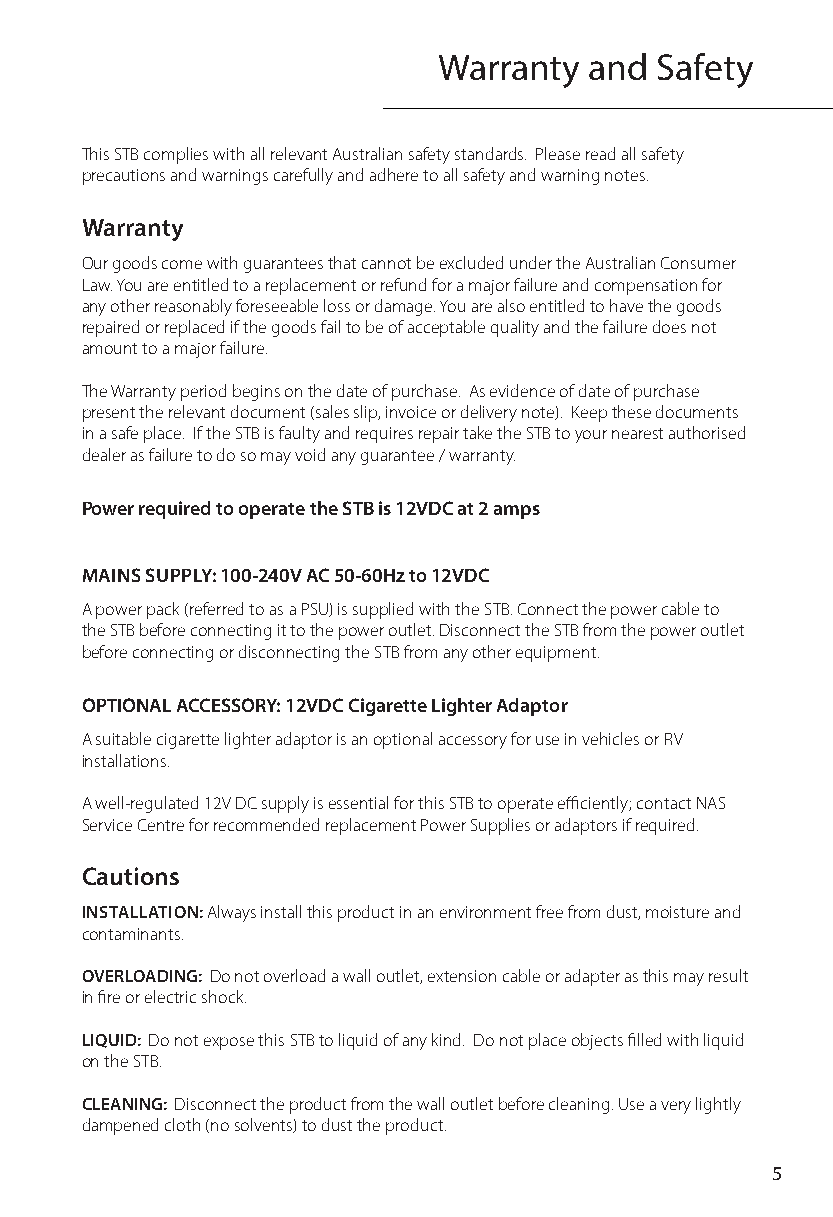
Warranty  and  Safety
 This STB complies with all relevant Australian safety standards. Please read all safety
 precautions and warnings carefully and adhere to all safety and warning notes.
 Warranty
 Our goods come with guarantees that cannot be excluded under the Australian Consumer
 Law. You are entitled to a replacement or refund for a major failure and compensation for
 any other reasonably foreseeable loss or damage. You are also entitled to have the goods
 repaired or replaced if the goods fail to be of acceptable quality and the failure does not
 amount to a major failure.
 The Warranty period begins on the date of purchase. As evidence of date of purchase
 present the relevant document (sales slip, invoice or delivery note). Keep these documents
 in a safe place. If the STB is faulty and requires repair take the STB to your nearest authorised
 dealer as failure to do so may void any guarantee / warranty.
 Power required to operate the STB is 12VDC at 2 amps
 MAINS SUPPLY: 100-240V AC 50-60Hz to 12VDC
 A power pack (referred to as a PSU) is supplied with the STB. Connect the power cable to
 the STB before connecting it to the power outlet. Disconnect the STB from the power outlet
 before connecting or disconnecting the STB from any other equipment.
 OPTIONAL ACCESSORY: 12VDC Cigarette Lighter Adaptor
 A suitable cigarette lighter adaptor is an optional accessory for use in vehicles or RV
 installations.
 A well-regulated 12V DC supply is essential for this STB to operate efficiently; contact NAS
 Service Centre for recommended replacement Power Supplies or adaptors if required.
 Cautions
 INSTALLATION: Always install this product in an environment free from dust, moisture and
 contaminants.
 OVERLOADING: Do not overload a wall outlet, extension cable or adapter as this may result
 in fire or electric shock.
 LIQUID: Do not expose this STB to liquid of any kind. Do not place objects filled with liquid
 on the STB.
 CLEANING: Disconnect the product from the wall outlet before cleaning. Use a very lightly
 dampened cloth (no solvents) to dust the product.
 5